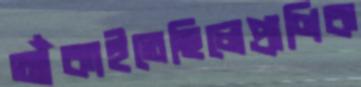
আঁকাইতেছিলেপ্রাণিক